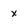
Character: x